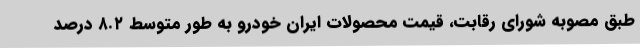
طبق مصوبه شورای رقابت، قیمت محصولات ایران خودرو به طور متوسط ۸.۲ درصد